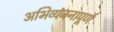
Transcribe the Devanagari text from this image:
अभिव्यंजनापूर्ण